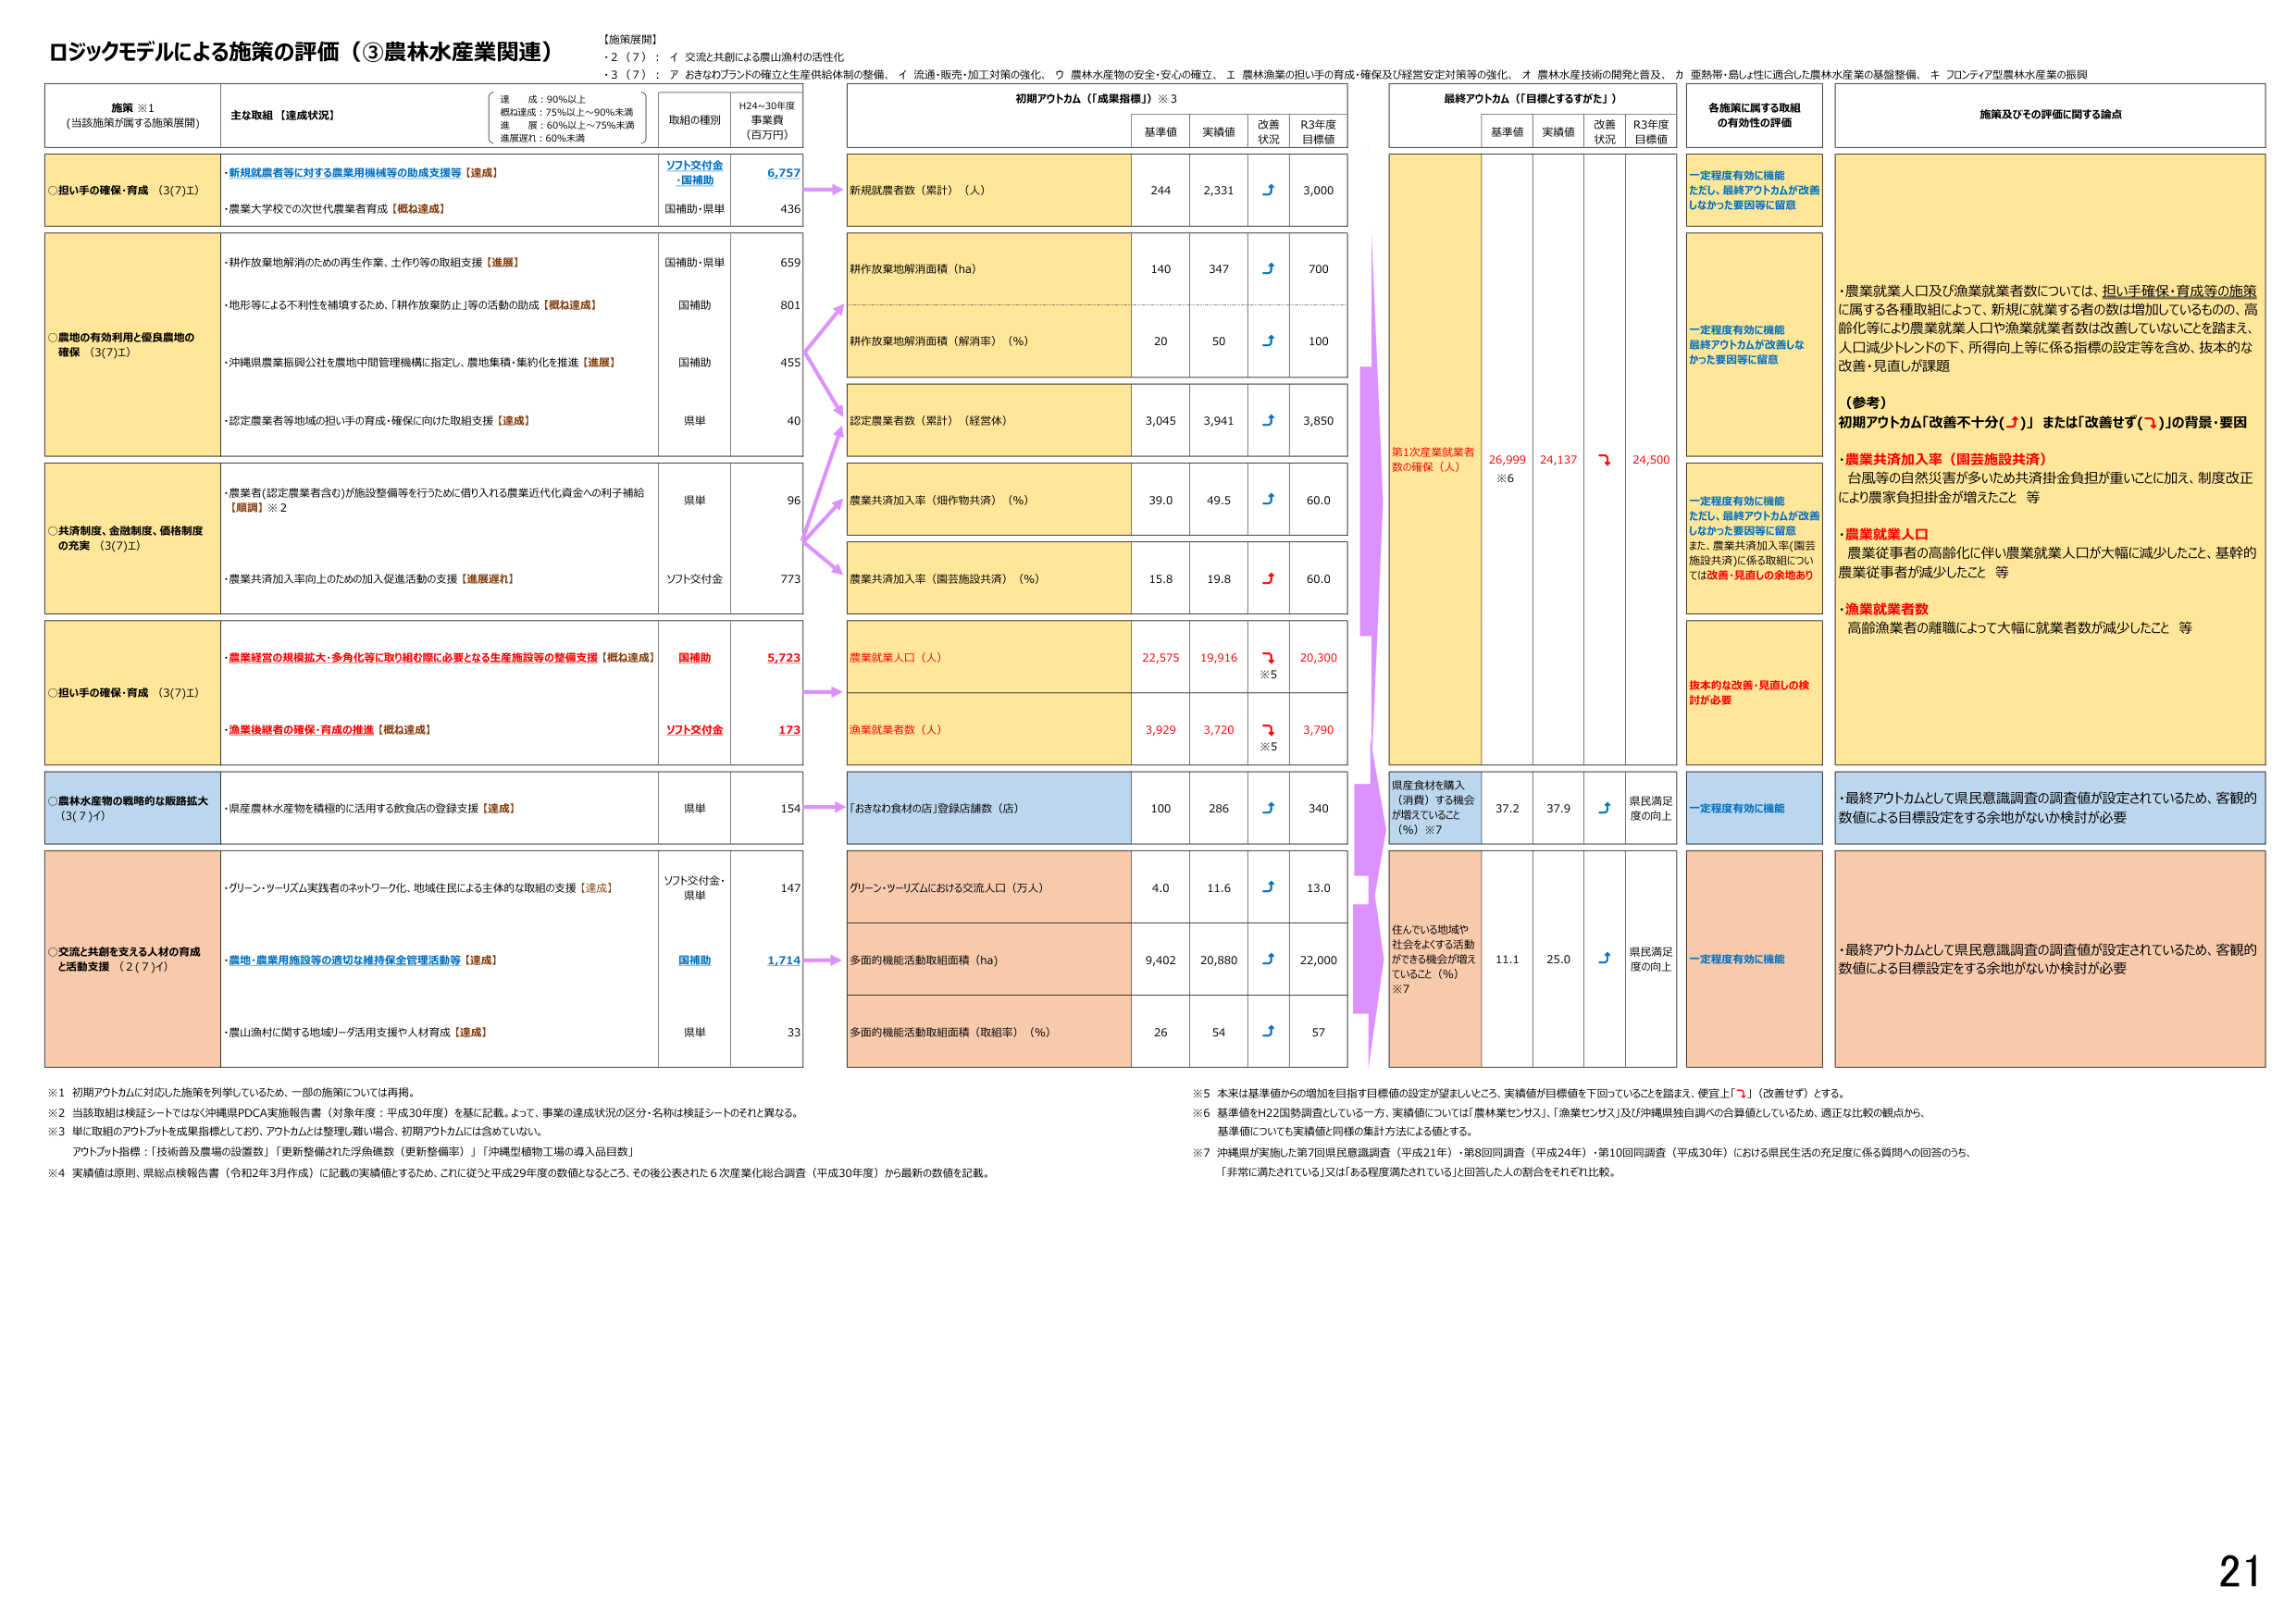
ロジックモデルによる施策の評価（③農林水産業関連）

【施策展開】
・2（7）：イ 交流と共創による農山漁村の活性化
・3（7）：ア おきなわブランドの確立と生産供給体制の整備、イ 流通・販売・加工対策の強化、ウ 農林水産物の安全・安心の確立、エ 農林漁業の担い手の育成・確保及び経営安定対策等の強化、オ 農林水産技術の開発と普及、カ 亜熱帯・島しょ性に適合した農林水産業の基盤整備、キ フロンティア型農林水産業の振興

施策 ※1
（当該施策が属する施策展開）

主な取組【達成状況】
（達成：90％以上
概ね達成：75％以上～90％未満
進展：60％以上～75％未満
進展遅れ：60％未満）

取組の種別
H24～30年度
事業費
（百万円）

初期アウトカム（「成果指標」）※3
基準値 実績値 改善状況 R3年度目標値

最終アウトカム（「目標とするがた」）
基準値 実績値 改善状況 R3年度目標値

各施策に属する取組の有効性の評価

施策及びその評価に関する論点

○担い手の確保・育成（3(7)エ）
・新規就農者等に対する農業用機械等の助成支援等【達成】
・農業大学校での次世代農業者育成【概ね達成】

ソフト交付金・国補助 6,757
国補助・県単 436

新規就農者数（累計）（人） 244 2,331 ↗ 3,000

一定程度有効に機能
ただし、最終アウトカムが改善しなかった要因等に留意

・農業就業人口及び漁業就業者数については、担い手確保・育成等の施策に属する各種取組によって、新規に就業する者の数は増加しているものの、高齢化等により農業就業人口や漁業就業者数は改善していないことを踏まえ、人口減少トレンドの下、所得向上等に係る指標の設定等を含め、抜本的な改善・見直しが課題

（参考）
初期アウトカム「改善不十分（↓）」または「改善せず（↘）」の背景・要因
・農業共済加入率（国芸施設共済）
台風等の自然災害が多いため共済掛金負担が重いことに加え、制度改正により農家負担掛金が増えたこと 等
・農業就業人口
農業従事者の高齢化に伴い農業就業人口が大幅に減少したこと、基幹的農業従事者が減少したこと 等
・漁業就業者数
高齢漁業者の離職によって大幅に就業者数が減少したこと 等

○農地の有効利用と優良農地の確保（3(7)エ）
・耕作放棄地解消のための再生作業、土作り等の取組支援【進展】
・地形等による不利性を補填するため、「耕作放棄地防止」等の活動の助成【概ね達成】
・沖縄県農業振興公社を農地中間管理機構に指定し、農地集積・集約化を推進【進展】
・認定農業者等地域の担い手の育成・確保に向けた取組支援【達成】

国補助・県単 659
国補助 801
国補助 455
県単 40

耕作放棄地解消面積（ha） 140 347 ↗ 700

一定程度有効に機能
最終アウトカムが改善しなかった要因等に留意

耕作放棄地解消面積（解消率）（％） 20 50 ↗ 100

認定農業者数（累計）（経営体） 3,045 3,941 ↗ 3,850

○共済制度、金融制度、価格制度の充実（3(7)エ）
・農業者（認定農業者含む）が施設整備等を行うために借り入れる農業近代化資金への利子補給【順調】※2
・農業共済加入率向上のための加入促進活動の支援【進展遅れ】

県単 96
ソフト交付金 773

農業共済加入率（畑作物共済）（％） 39.0 49.5 ↗ 60.0

一定程度有効に機能
ただし、最終アウトカムが改善しなかった要因等に留意
また、農業共済加入率（園芸施設共済）に係る取組については改善・見直しの余地あり

農業共済加入率（園芸施設共済）（％） 15.8 19.8 ↗ 60.0

○担い手の確保・育成（3(7)エ）
・農業経営の規模拡大・多角化等に取り組む際に必要となる生産施設等の整備支援【概ね達成】
・漁業後継者の確保・育成の推進【概ね達成】

国補助 5,723
ソフト交付金 173

農業就業人口（人） 22,575 19,916 ↘※5 20,300

技術的な改善・見直しの検討が必要

漁業就業者数（人） 3,929 3,720 ↘※5 3,790

○農林水産物の戦略的な販路拡大（3(7)イ）
・県産農林水産物を積極的に活用する飲食店の登録支援【達成】

県単 154

「おきなわ食材の店」登録店舗数（店） 100 286 ↗ 340

県産食材を購入（消費）する機会が増えていること（％）※7 37.2 37.9 ↗ 県民満足度の向上

一定程度有効に機能
・最終アウトカムとして県民意識調査の調査値が設定されているため、客観的数値による目標設定をする余地がないか検討が必要

○交流と共創を支える人材の育成と活動支援（2(7)イ）
・グリーン・ツーリズム実践者のネットワーク化、地域住民による主体的な取組の支援【達成】
・農地・農業用施設等の適切な維持保全管理活動等【達成】
・農山漁村に関する地域リーダ活用支援や人材育成【達成】

ソフト交付金・県単 147
国補助 1,714
県単 33

グリーン・ツーリズムにおける交流人口（万人） 4.0 11.6 ↗ 13.0

住んでいる地域や社会をよくする活動ができる機会が増えていること（％）※7 11.1 25.0 ↗ 県民満足度の向上

一定程度有効に機能
・最終アウトカムとして県民意識調査の調査値が設定されているため、客観的数値による目標設定をする余地がないか検討が必要

多面的機能活動取組面積（ha） 9,402 20,880 ↗ 22,000

多面的機能活動取組面積（取組率）（％） 26 54 ↗ 57

※1 初期アウトカムに対応した施策を列挙しているため、一部の施策については再掲。
※2 当該取組は検証シートではなく「沖縄県PDCA実施報告書（対象年度：平成30年度）」を基に記載。よって、事業の達成状況の区分・名称は検証シートのそれと異なる。
※3 単に取組のアウトプットを成果指標としており、アウトカムとは整理し難い場合、初期アウトカムには含めていない。
アウトプット指標：「技術普及農場の設置数」「更新整備された浮魚礁数（更新整備率）」「沖縄型植物工場の導入品目数」
※4 実績値は原則、県総点検報告書（令和2年3月作成）に記載の実績値とするため、これに従うと平成29年度の数値となるところ、その後公表された6次産業化総合調査（平成30年度）から最新の数値を記載。
※5 本来は基準値からの増加を目指す目標値の設定が望ましいところ、実績値が目標値を下回っていることを踏まえ、便宜上「↘」（改善せず）とする。
※6 基準値をH22国勢調査としている一方、実績値については「農林業センサス」、「漁業センサス」及び沖縄県独自調べの合算値としているため、適正な比較の観点から、基準値についても実績値と同様の集計方法による値とする。
※7 沖縄県が実施した第7回県民意識調査（平成21年）・第8回同調査（平成24年）・第10回同調査（平成30年）における県民生活の充足度に係る質問への回答のうち、「非常に満たされている」又は「ある程度満たされている」と回答した人の割合をそれぞれ比較。

第1次産業就業者数の確保（人）※6 26,999 24,137 ↘ 24,500

21